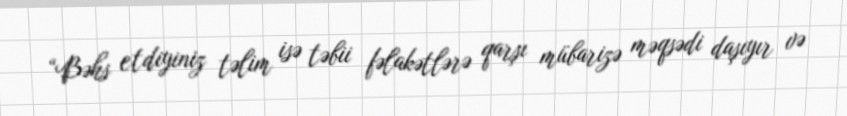
“Bəhs etdiyiniz təlim isə təbii fəlakətlərə qarşı mübarizə məqsədi daşıyır və